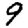
Digit: 9